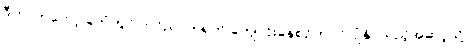
ဒီဟာကတော့ ခဲတံတွင် ကင်ညာတရုတ် ကျောင်းနေစဉ်ကပင် ပျံနိုင်သည့်အဆင့်သို့